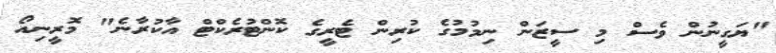
"ޔަގީނުން ވެސް މި ސީޒަން ނިމުމުގެ ކުރިން ޓެރީގެ ކޮންޓުރެކްޓް އާކުރާނެ" މޮރީނިއޯ